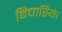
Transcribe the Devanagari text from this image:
बिचारिये।